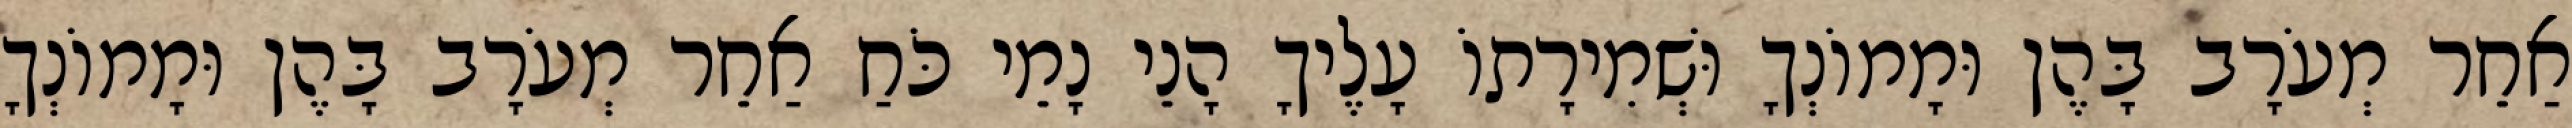
אַחֵר מְעֹרָב בָּהֶן וּמָמוֹנְךָ וּשְׁמִירָתוֹ עָלֶיךָ הָנֵי נָמֵי כֹּחַ אַחֵר מְעֹרָב בָּהֶן וּמָמוֹנְךָ